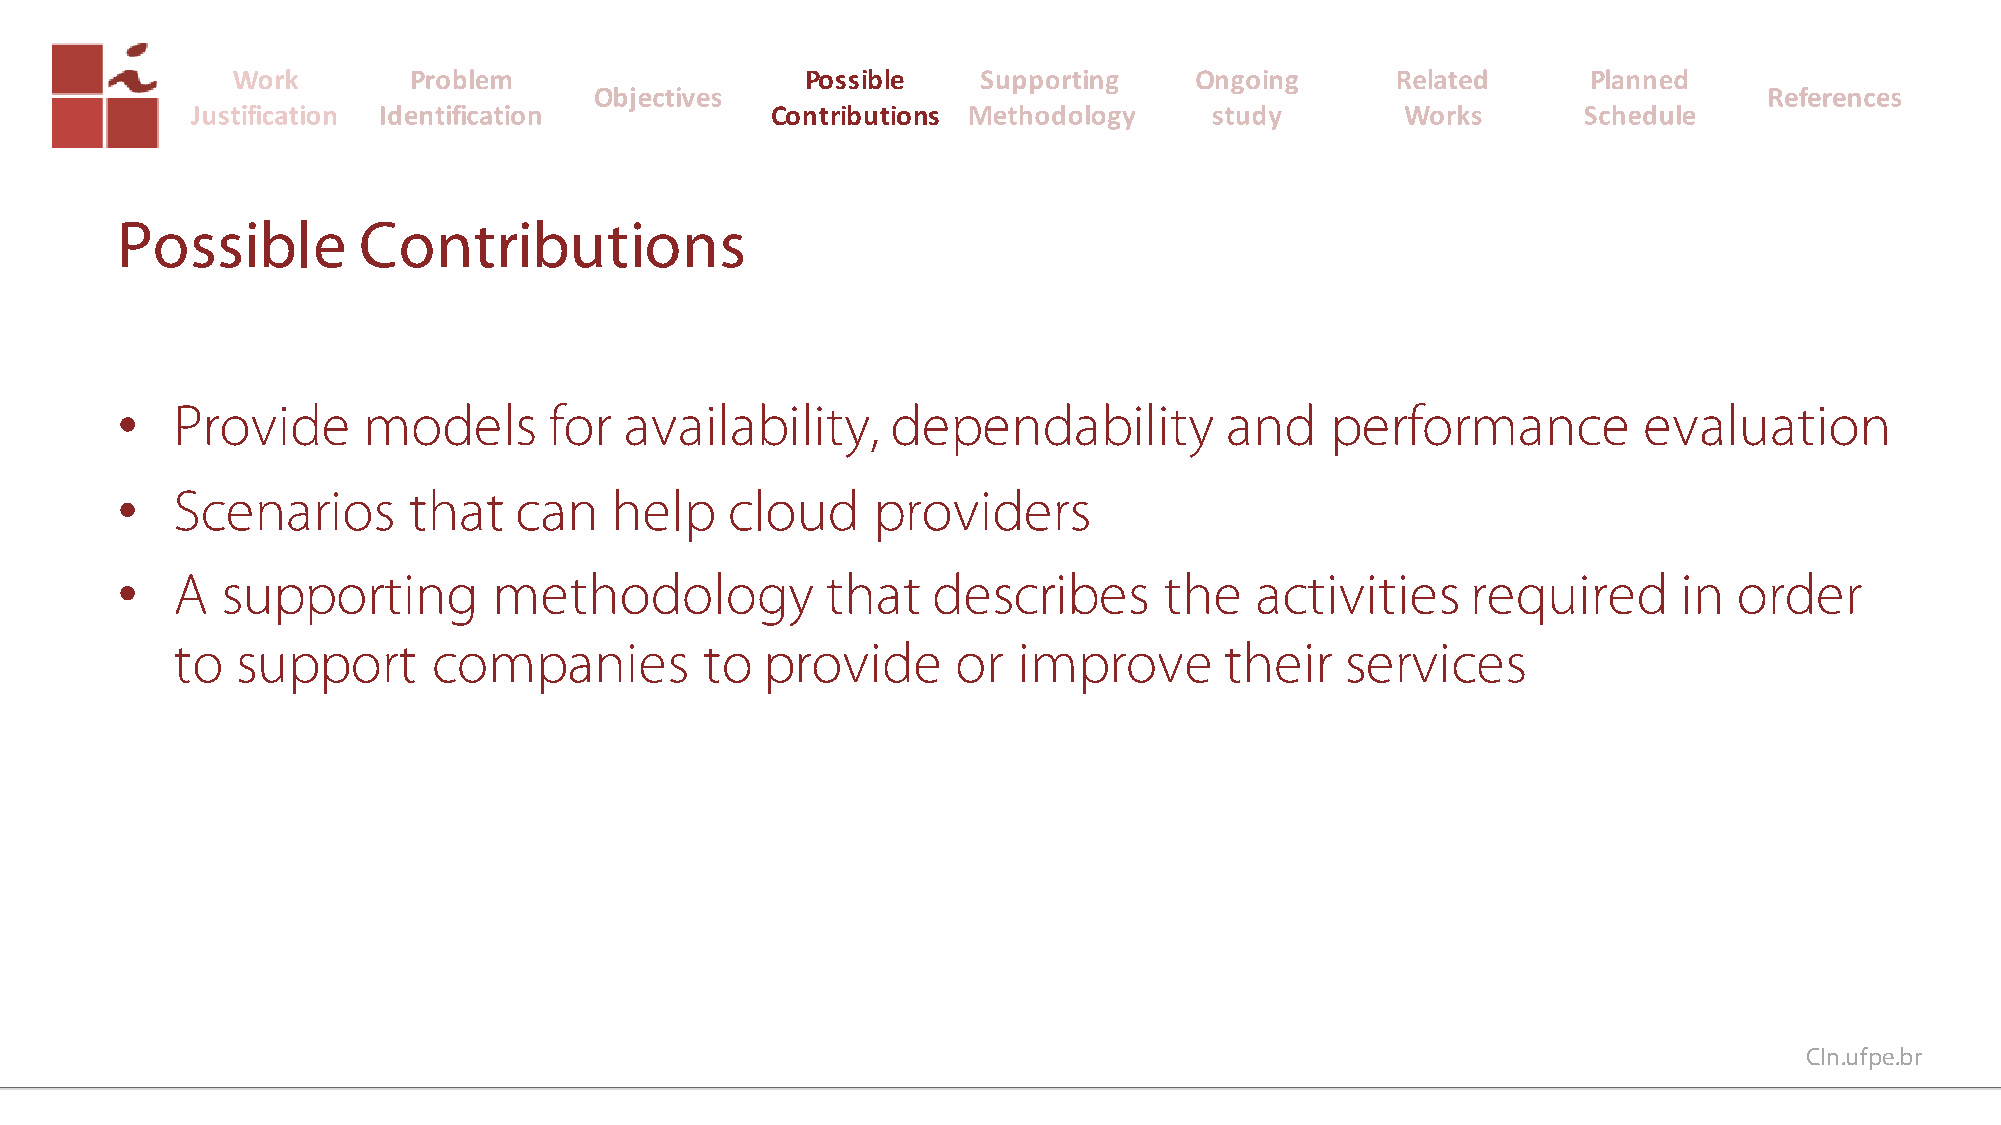
Possible
 Contributions
 Possible        Contributions
 •  Provide      models      for  availability,     dependability         and    performance          evaluation
 •  Scenarios       that   can   help    cloud     providers
 •  A   supporting        methodology           that   describes      the   activities    required      in  order
 to   support      companies         to  provide     or  improve       their   services
 CIn.ufpe.br